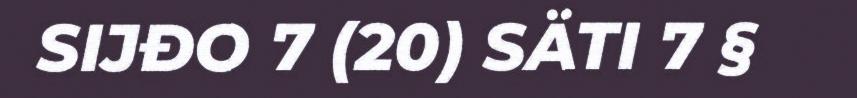
SIJĐO 7 (20) SÄTI 7 §